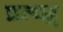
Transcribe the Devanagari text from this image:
प्रत्य्क्ष्